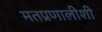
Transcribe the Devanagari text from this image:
मतप्रणालीशी